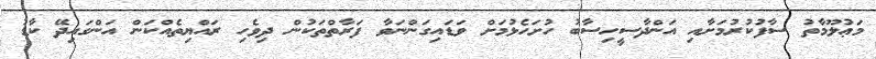
މަޢުލޫމާތު ސާފުކުރުމަށާއި އަންދާސީހިސާބު ހުށަހެޅުމަށް ވަޑައިގަންނަވާ ފަރާތްތަކުން ދިވެހި ރައްޔިތެއްކަން އަންގައިދޭ ކާޑު